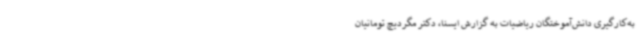
به‌کارگیری دانش‌آموختگان ریاضیات به گزارش ایسنا، دکتر مگردیچ تومانیان